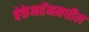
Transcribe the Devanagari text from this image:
बेकेनहॅममधील